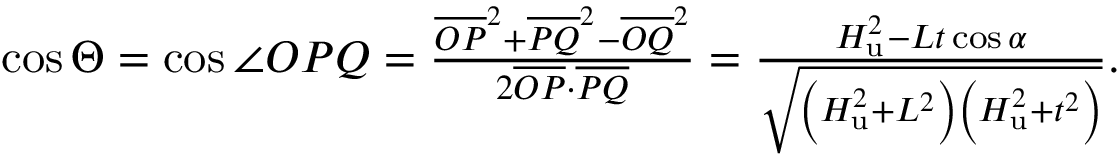
\begin{array} { r } { \cos \Theta = \cos \angle O P Q = \frac { \overline { { O P } } ^ { 2 } + \overline { { P Q } } ^ { 2 } - \overline { { O Q } } ^ { 2 } } { 2 \overline { { O P } } \cdot \overline { { P Q } } } = \frac { H _ { \mathrm { u } } ^ { 2 } - L t \cos \alpha } { \sqrt { \left( H _ { \mathrm { u } } ^ { 2 } + L ^ { 2 } \right) \left( H _ { \mathrm { u } } ^ { 2 } + t ^ { 2 } \right) } } . } \end{array}